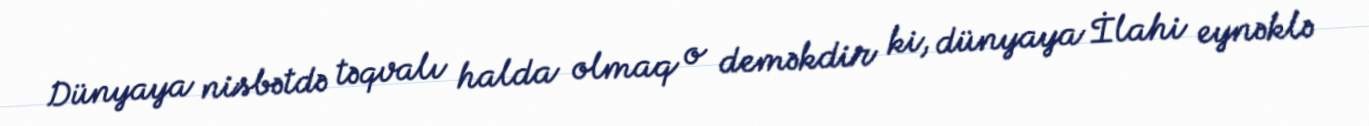
Dünyaya nisbətdə təqvalı halda olmaq o deməkdir ki, dünyaya İlahi eynəklə